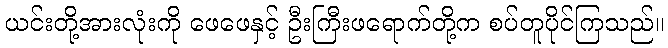
ယင်းတို့အားလုံးကို ဖေဖေနှင့် ဦးကြီးဖရောက်တို့က စပ်တူပိုင်ကြသည်။